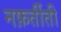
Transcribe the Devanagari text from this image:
नफ़र्तीती